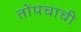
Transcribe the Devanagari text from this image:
तोंपचाची